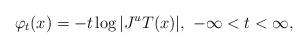
LaTeX: \begin{align*}\varphi_t(x)=-t\log |J^u T(x)|, \ -\infty < t< \infty,\end{align*}